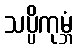
သပ္ပိကုမ္ဘံ